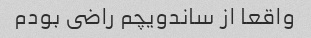
واقعا از ساندویچم راضى بودم